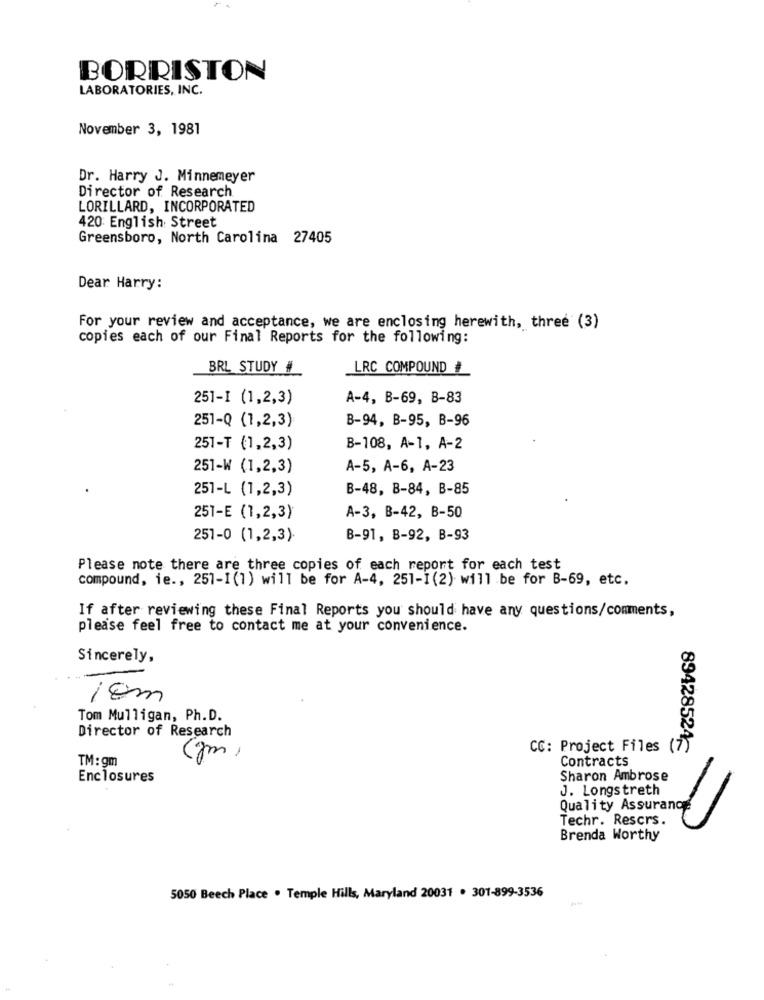
BORRISTON
LABORATORIES, INC.
November 3, 1981
Dr. Harry J. Minnemeyer
Director of Research
LORILLARD, INCORPORATED
420 English Street
Greensboro, North Carolina 27405
Dear Harry:
For your review and acceptance, we are enclosing herewith, three (3)
copies each of our Final Reports for the following:
BRL STUDY #
LRC COMPOUND #
251-1 (1,2,3)
A-4, B-69, B-83
251-Q (1,2,3)
B-94, B-95, B-96
251-T (1,2,3)
B-108, A-1, A-2
251-W (1,2,3)
A-5, A-6, A-23
251-L (1,2,3)
B-48, B-84, B-85
251-E (1,2,3)
A-3, B-42, B-50
251-0 (1,2,3)-
B-91, B-92, B-93
Please note there are three copies of each report for each test
compound, ie ., 251-1 (1) will be for A-4, 251-1 (2) will be for B-69, etc.
If after reviewing these Final Reports you should have any questions/comments,
please feel free to contact me at your convenience.
Sincerely,
iEm
Tom Mulligan, Ph.D.
Director of Research
CC: Project Files
TM: gm
(gm)
Contracts
89428524€
Enclosures
Sharon Ambrose
J. Longstreth
Quality Assurance
Techr. Rescrs.
Brenda Worthy
5050 Beech Place . Temple Hills, Maryland 20031 . 301-899-3536